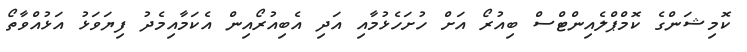
ކޮމިޝަންގެ ކޮމްޕްލެއިންޓްސް ބިއުރޯ އަށް ހުށަހެޅުމާއި އަދި އެބިއުރޯއިން އެކަމާއިމެދު ފިޔަވަޅު އަޅުއްވާތޯ